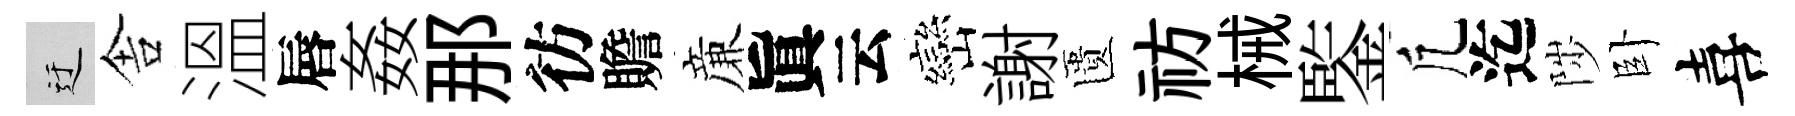
迂舎溫唇姦那彷贍亷眞云巒謝匱祊械鍳凢迄陟卧喜